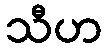
သီဟ